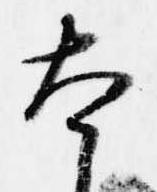
本